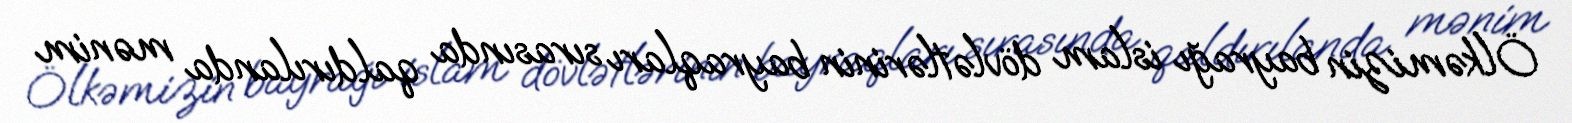
Ölkəmizin bayrağı islam dövlətlərinin bayraqları sırasında qaldırılanda mənim